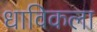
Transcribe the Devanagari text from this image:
धाविकला